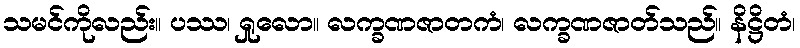
သမင်ကိုလည်း။ ပဿ၊ ရှုလော။ လက္ခဏဇာတကံ၊ လက္ခဏဇာတ်သည်။ နိဋ္ဌိတံ၊